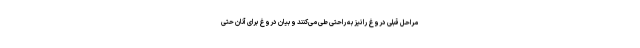
مراحل قبلی دروغ را نیز به راحتی طی می‌کنند و بیان دروغ برای آنان حتی